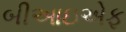
બીઆઇએફ